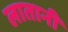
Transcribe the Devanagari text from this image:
लातानी